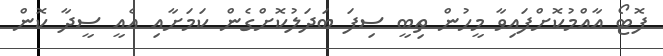
ފޮޓޯ އާއްމުކޮށްފައިވާ މީހުން ތިބީ ސިފަ ބަދަލުކޮށްގެން ކަމަށާއި އެއީ ސީދާ ކޮން